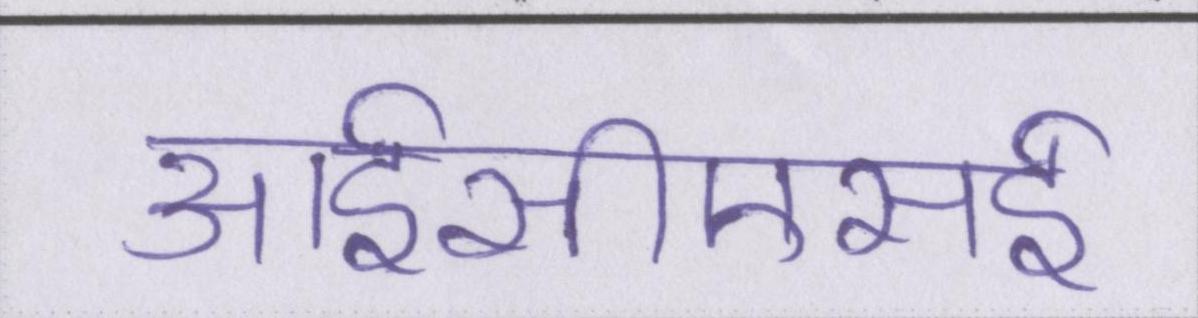
आईसीएसई